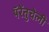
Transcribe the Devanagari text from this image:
पॅरेंतुचेली